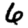
Digit: 6